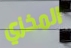
المخزي